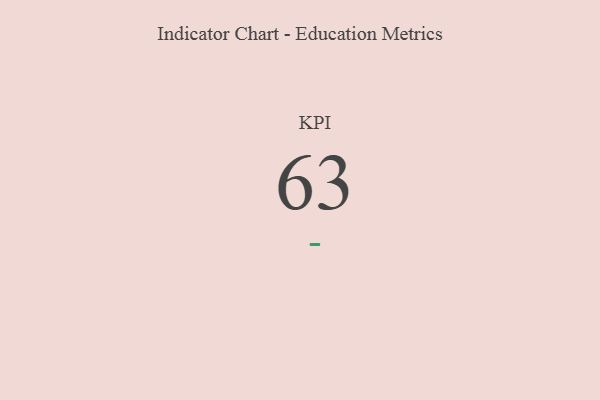
{"axis": {"x": "KPI", "y": "Value"}, "legend": [""], "data": [{"x": "KPI", "y": 63, "type": ""}]}